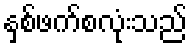
နှစ်ဖက်စလုံးသည်